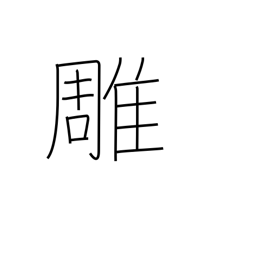
Meaning: carving